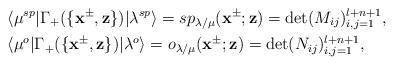
LaTeX: \begin{align*}&\langle \mu^{sp}|\Gamma_+(\{\mathbf{x}^{\pm},\mathbf{z}\})|\lambda^{sp}\rangle=sp_{\lambda/\mu}(\mathbf{x}^{\pm};\mathbf{z})=\det(M_{ij})^{l+n+1}_{i,j=1},\\&\langle \mu^{o}|\Gamma_+(\{\mathbf{x}^{\pm},\mathbf{z}\})|\lambda^{o}\rangle=o_{\lambda/\mu}(\mathbf{x}^{\pm};\mathbf{z})=\det(N_{ij})^{l+n+1}_{i,j=1},\end{align*}